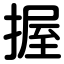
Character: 握